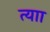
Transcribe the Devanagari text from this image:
त्याा